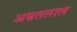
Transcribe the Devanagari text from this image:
अम्रतलाल